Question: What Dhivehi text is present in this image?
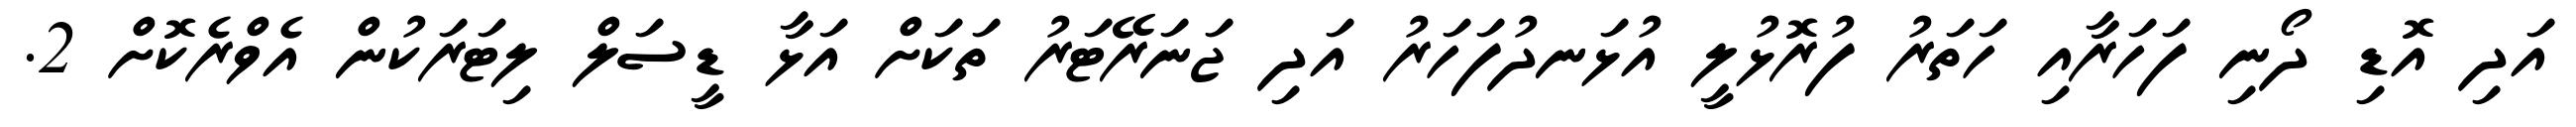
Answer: އަދި އޮޑި ދޯނި ފަހަރާއި ހަތަރު ފުރޮޅުލީ އުޅަނދުފަހަރު އަދި ޖަނަރޭޓަރު ތަކަށް އަޅާ ޑީސަލް ލިޓަރަކުން އެވްރެކޮށް 2.